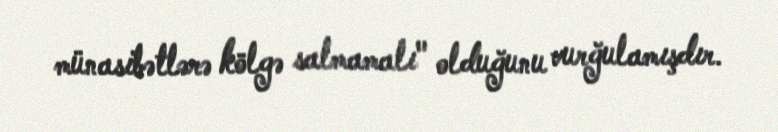
münasibətlərə kölgə salmamalı" olduğunu vurğulamışdır.